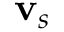
{ \bf v } _ { s }